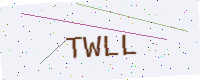
Text: TWLL